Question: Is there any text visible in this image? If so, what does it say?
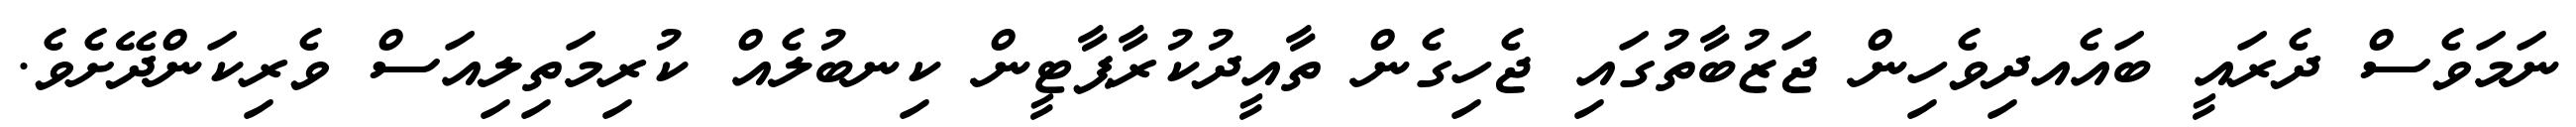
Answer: ނަމަވެސް ދެރައީ ބައެއދިވެހިން ޖަޒުބާތުގައި ޖެހިގެން ތާއީދުކުރާޕާޓީން ކިނބުލެއް ކުރިމަތިލިއަސް ވެރިކަންދޭށެވެ.